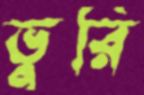
ভুরি